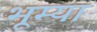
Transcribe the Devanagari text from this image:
भूम्या